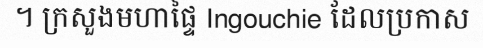
។ ក្រសួងមហាផ្ទៃ Ingouchie ដែលប្រកាស